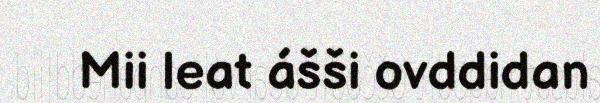
Mii leat ášši ovddidan